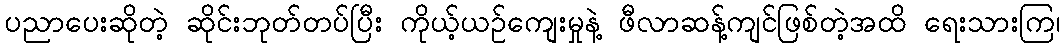
ပညာပေးဆိုတဲ့ ဆိုင်းဘုတ်တပ်ပြီး ကိုယ့်ယဉ်ကျေးမှုနဲ့ ဖီလာဆန့်ကျင်ဖြစ်တဲ့အထိ ရေးသားကြ၊